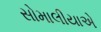
સોમાલીયાએ